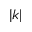
| k |